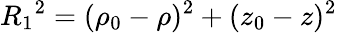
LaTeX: {R_{1}}^{2}=(\rho_{0}-\rho)^{2}+(z_{0}-z)^{2}